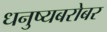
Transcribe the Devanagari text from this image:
धनुष्यबरोबर